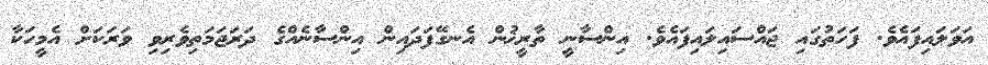
އަވަލައިފައެވެ. ފަހަތުގައި ޖައްސައިލައިފައެވެ. އިންސާނީ ތާރީޚުން އެނގޭފަދައިން އިންސާނެއްގެ ދަރަޖަމަތިވެރިވި ވަރަކަށް އެމީހަކާ